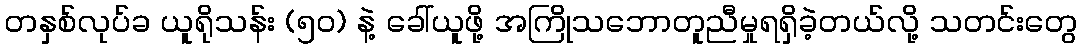
တနှစ်လုပ်ခ ယူရိုသန်း (၅၀) နဲ့ ခေါ်ယူဖို့ အကြိုသဘောတူညီမှုရရှိခဲ့တယ်လို့ သတင်းတွေ